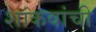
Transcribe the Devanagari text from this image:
शांकवांची